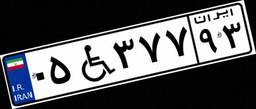
۰۵W۳۷۷۹۳